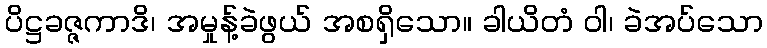
ပိဋ္ဌခဇ္ဇကာဒိ၊ အမှုန့်ခဲဖွယ် အစရှိသော။ ခါယိတံ ဝါ၊ ခဲအပ်သော